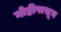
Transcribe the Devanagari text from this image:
गोष्टीपासून